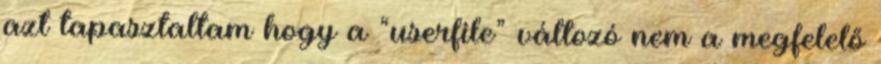
azt tapasztaltam hogy a “userfile” változó nem a megfelelő